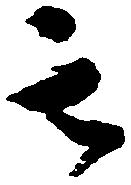
其